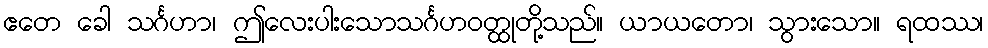
ဧတေ ခေါ သင်္ဂဟာ၊ ဤလေးပါးသောသင်္ဂဟဝတ္ထုတို့သည်။ ယာယတော၊ သွားသော။ ရထဿ၊